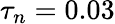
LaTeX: \tau_{n}=0.03